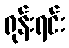
ရုန်းရင်း